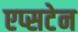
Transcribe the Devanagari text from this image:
एप्सटेन